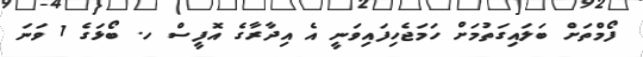
ފޯމްތަށް ބަލައިގަތުމަށް ހަމަޖެހިފައިވަނީ އެ އިދާރާގެ އޮފީސް ހ. ބޯޅަގެ 1 ވަނަ